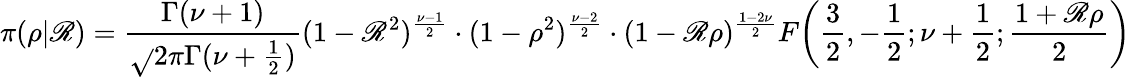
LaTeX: \pi(\rho|\mathscr{R})={\frac{{\Gamma(\nu+1)}}{{{\sqrt{}{{2\pi}}}\Gamma(\nu+{\frac{{1}}{{2}}})}}}(1-\mathscr{R}^{2})^{\frac{{\nu-1}}{{2}}}\cdot(1-\rho^{2})^{\frac{{\nu-2}}{{2}}}\cdot(1-\mathscr{R}\rho)^{\frac{{1-2\nu}}{{2}}}F\! \left({\frac{{3}}{{2}}},-{\frac{{1}}{{2}}};\nu+{\frac{{1}}{{2}}};{\frac{{1+\mathscr{R}\rho}}{{2}}}\right)